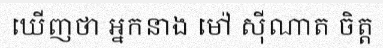
ឃើញថា អ្នកនាង ម៉ៅ ស៊ីណាត ចិត្ត